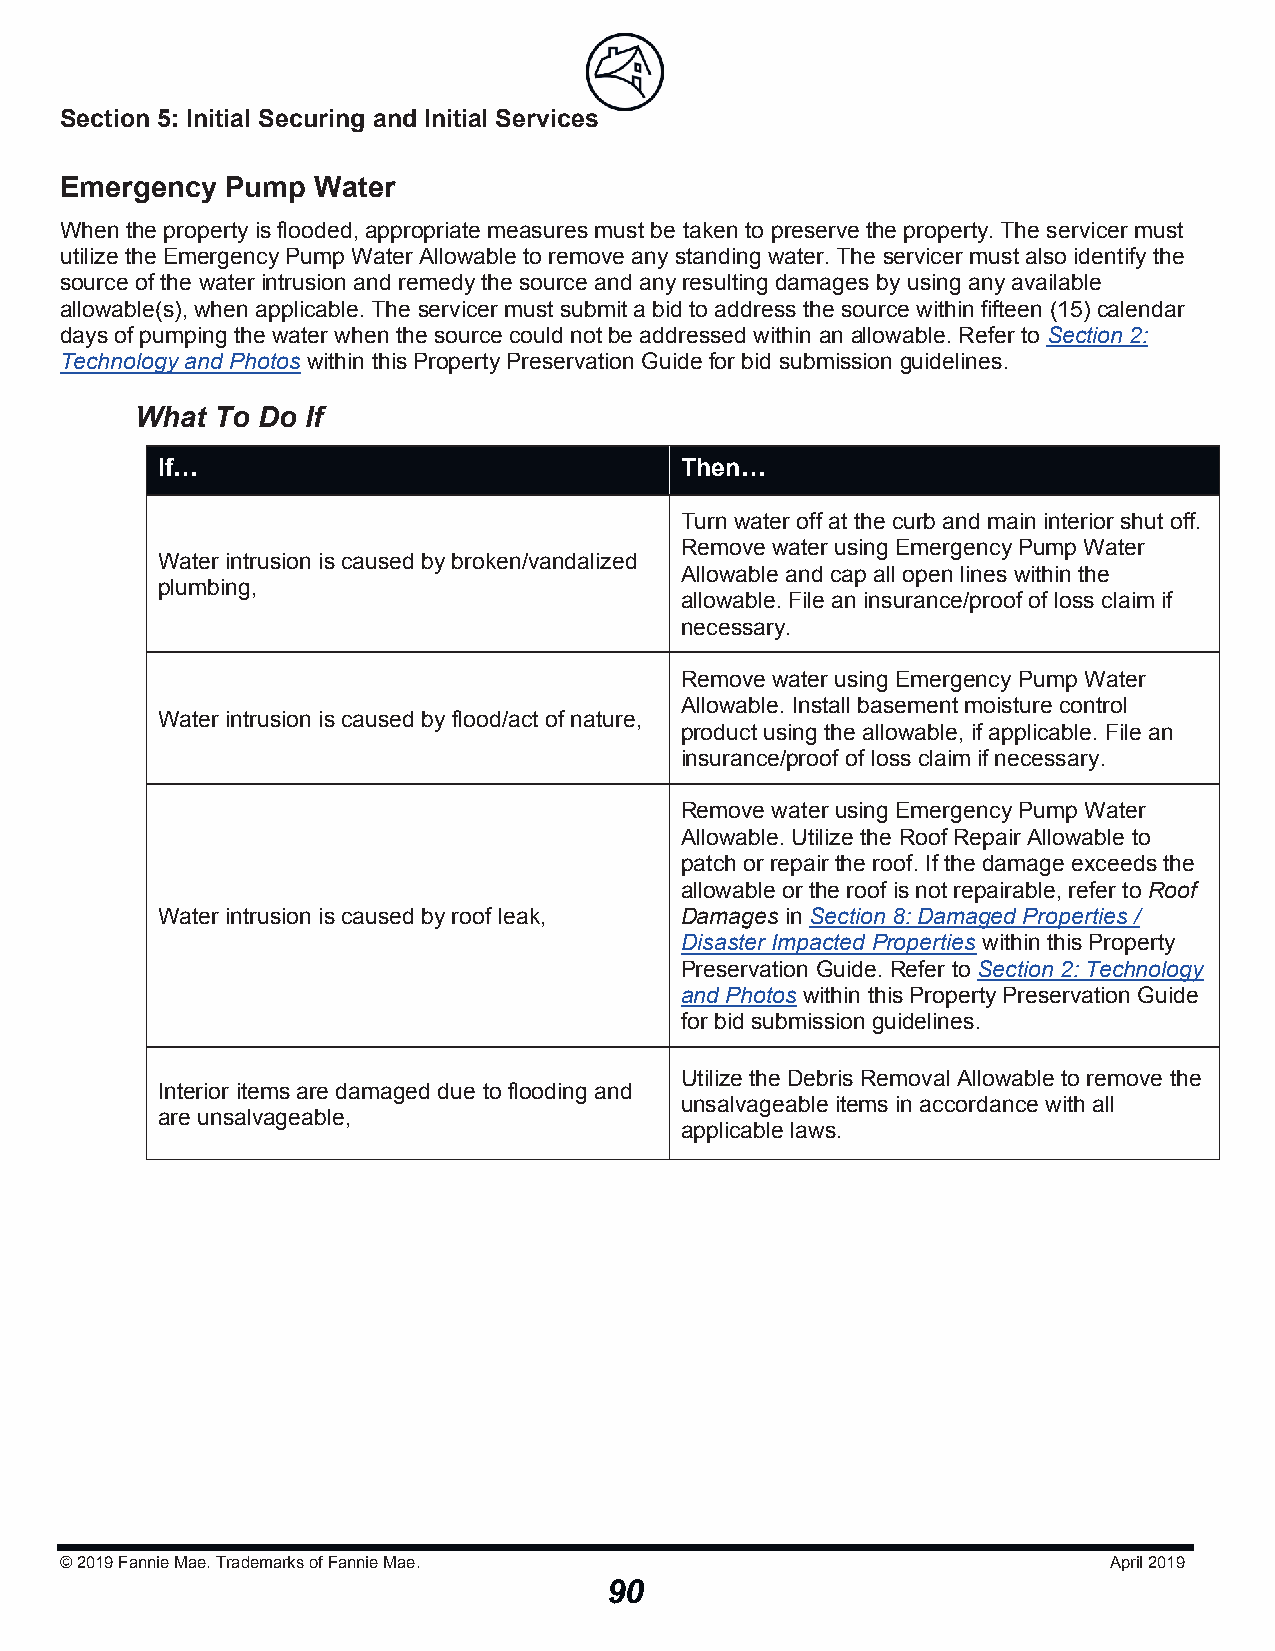
Section 5: Initial Securing and Initial Serviicceess
 Emergency  Pump  Water
 When the property is flooded, appropriate measures must be taken to preserve the property. The servicer must
 utilize the Emergency Pump Water Allowable to remove any standing water. The servicer must also identify the
 source of the water intrusion and remedy the source and any resulting damages by using any available
 allowable(s), when applicable. The servicer must submit a bid to address the source within fifteen (15) calendar
 days of pumping the water when the source could not be addressed within an allowable. Refer to Section 2:
 Technology and Photos within this Property Preservation Guide for bid submission guidelines.
 What To Do If
 If…                                Then…
 Turn water off at the curb and main interior shut off.
 Remove water using Emergency Pump Water
 Water intrusion is caused by broken/vandalized
 Allowable and cap all open lines within the
 plumbing,
 allowable. File an insurance/proof of loss claim if
 necessary.
 Remove water using Emergency Pump Water
 Allowable. Install basement moisture control
 Water intrusion is caused by flood/act of nature,
 product using the allowable, if applicable. File an
 insurance/proof of loss claim if necessary.
 Remove water using Emergency Pump Water
 Allowable. Utilize the Roof Repair Allowable to
 patch or repair the roof. If the damage exceeds the
 allowable or the roof is not repairable, refer to Roof
 Water intrusion is caused by roof leak, Damages in Section 8: Damaged Properties /
 Disaster Impacted Properties within this Property
 Preservation Guide. Refer to Section 2: Technology
 and Photos within this Property Preservation Guide
 for bid submission guidelines.
 Utilize the Debris Removal Allowable to remove the
 Interior items are damaged due to flooding and
 unsalvageable items in accordance with all
 are unsalvageable,
 applicable laws.
 © 2019Fannie Mae. Trademarks of Fannie Mae.                          April 2019
 90